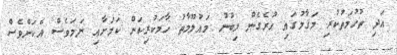
އަދި ތުހުމަތުކުރި މަޤާމުގައި ހުރެގެން ލިބުނު މައުލޫމާތު ހާމަކުރިކަން ކަމަށާއި ނަމަވެސް އެކަންވެސް